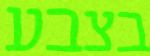
בצבע